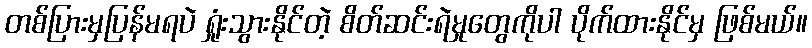
တစ်ပြားမှပြန်မရပဲ ရှုံးသွားနိုင်တဲ့ စိတ်ဆင်းရဲမှုတွေကိုပါ ပိုက်ထားနိုင်မှ ဖြစ်မယ်။